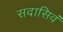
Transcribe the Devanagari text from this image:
सदासिवं